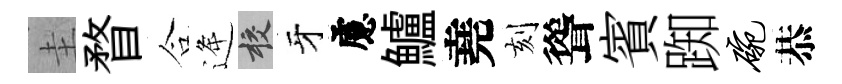
圭瞀合逄校牙慮鱸堯刻聳賓踟碗恭